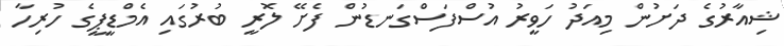
ޝިއާރުގެ ދަށުން މިއަދު ހަވީރު އުސްފަސްގަނޑުން ފެށޭ ލޮރީ ބުރުގައި އެމްޑީޕީގެ ހުރިހާ